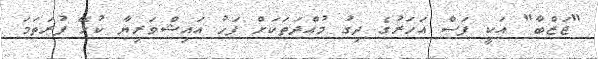
"ޖަޒްބާ" އަކީ ފަސް އަހަރުގެ ދިގު މުއްދަތަކަށް ފަހު އައިޝްވަރިޔާ ކުޅޭ ފުރަތަމަ